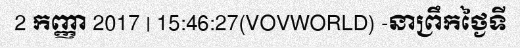
2 កញ្ញា 2017 | 15:46:27(VOVWORLD) -នាព្រឹកថ្ងៃទី